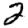
Digit: 2